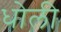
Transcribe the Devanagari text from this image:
धोली